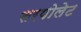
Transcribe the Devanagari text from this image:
सरपोलेट